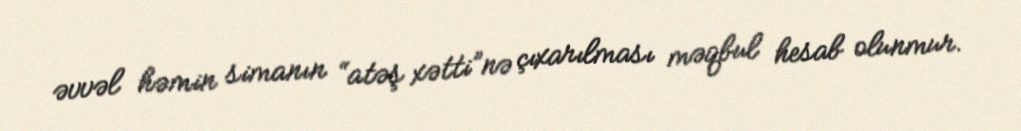
əvvəl həmin simanın “atəş xətti”nə çıxarılması məqbul hesab olunmur.